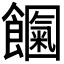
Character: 𩟍